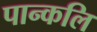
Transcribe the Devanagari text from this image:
पान्कलि